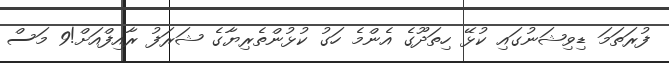
ފުރަތަމަ ޑިވިޝަނުގައި ކުޅޭ ހިތަދޫގެ އެންމެ ހަގު ކުޅުންތެރިޔާގެ ޝަރަފު ރާއިފްއަށް!9 މަސް